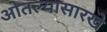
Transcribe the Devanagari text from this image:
ओतल्यासारखे